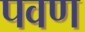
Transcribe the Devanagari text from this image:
पवण